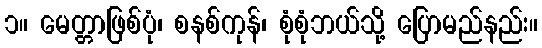
၁။ မေတ္တာဖြစ်ပုံ၊ စနစ်ကုန်၊ စုံစုံဘယ်သို့ ပြောမည်နည်း။